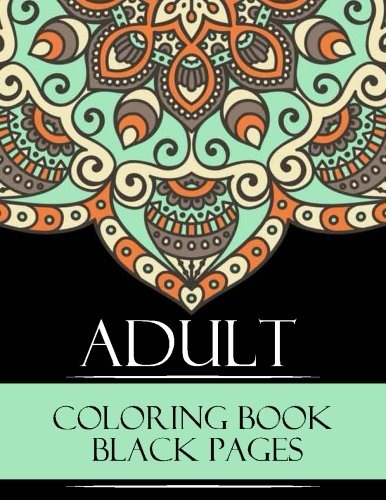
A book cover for Adult Coloring Book Black Pages: Stress Relieving Patterns : Coloring Books For Adults, coloring books for adults relaxation, coloring book for grown ups (Volume 5); Adult Coloring Book Black Pages; Arts & Photography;